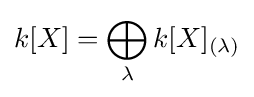
k[X]=\bigoplus _{\lambda }k[X]_{(\lambda )}